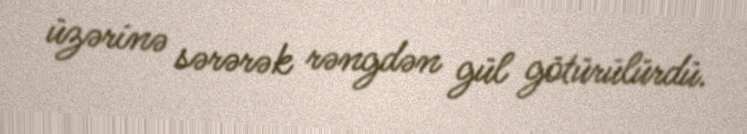
üzərinə sərərək rəngdən gül götürülürdü.